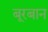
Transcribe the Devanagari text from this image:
बूरबान